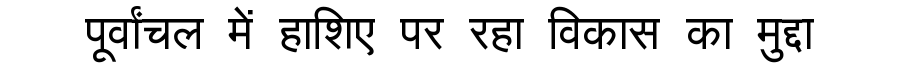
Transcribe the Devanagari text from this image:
पूर्वांचल में हाशिए पर रहा विकास का मुद्दा